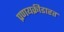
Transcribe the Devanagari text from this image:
प्रणयक्रीडारत